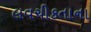
લવચીકતાના